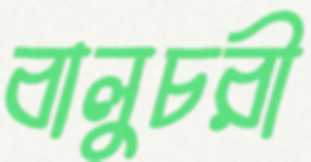
বালুচরী